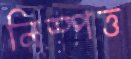
নিস্পত্ত